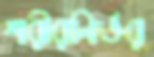
শরীরনির্ভর